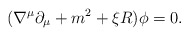
\begin{align*}(\nabla^{\mu}\partial_{\mu}+m^2 +\xi R)\phi=0 .\end{align*}